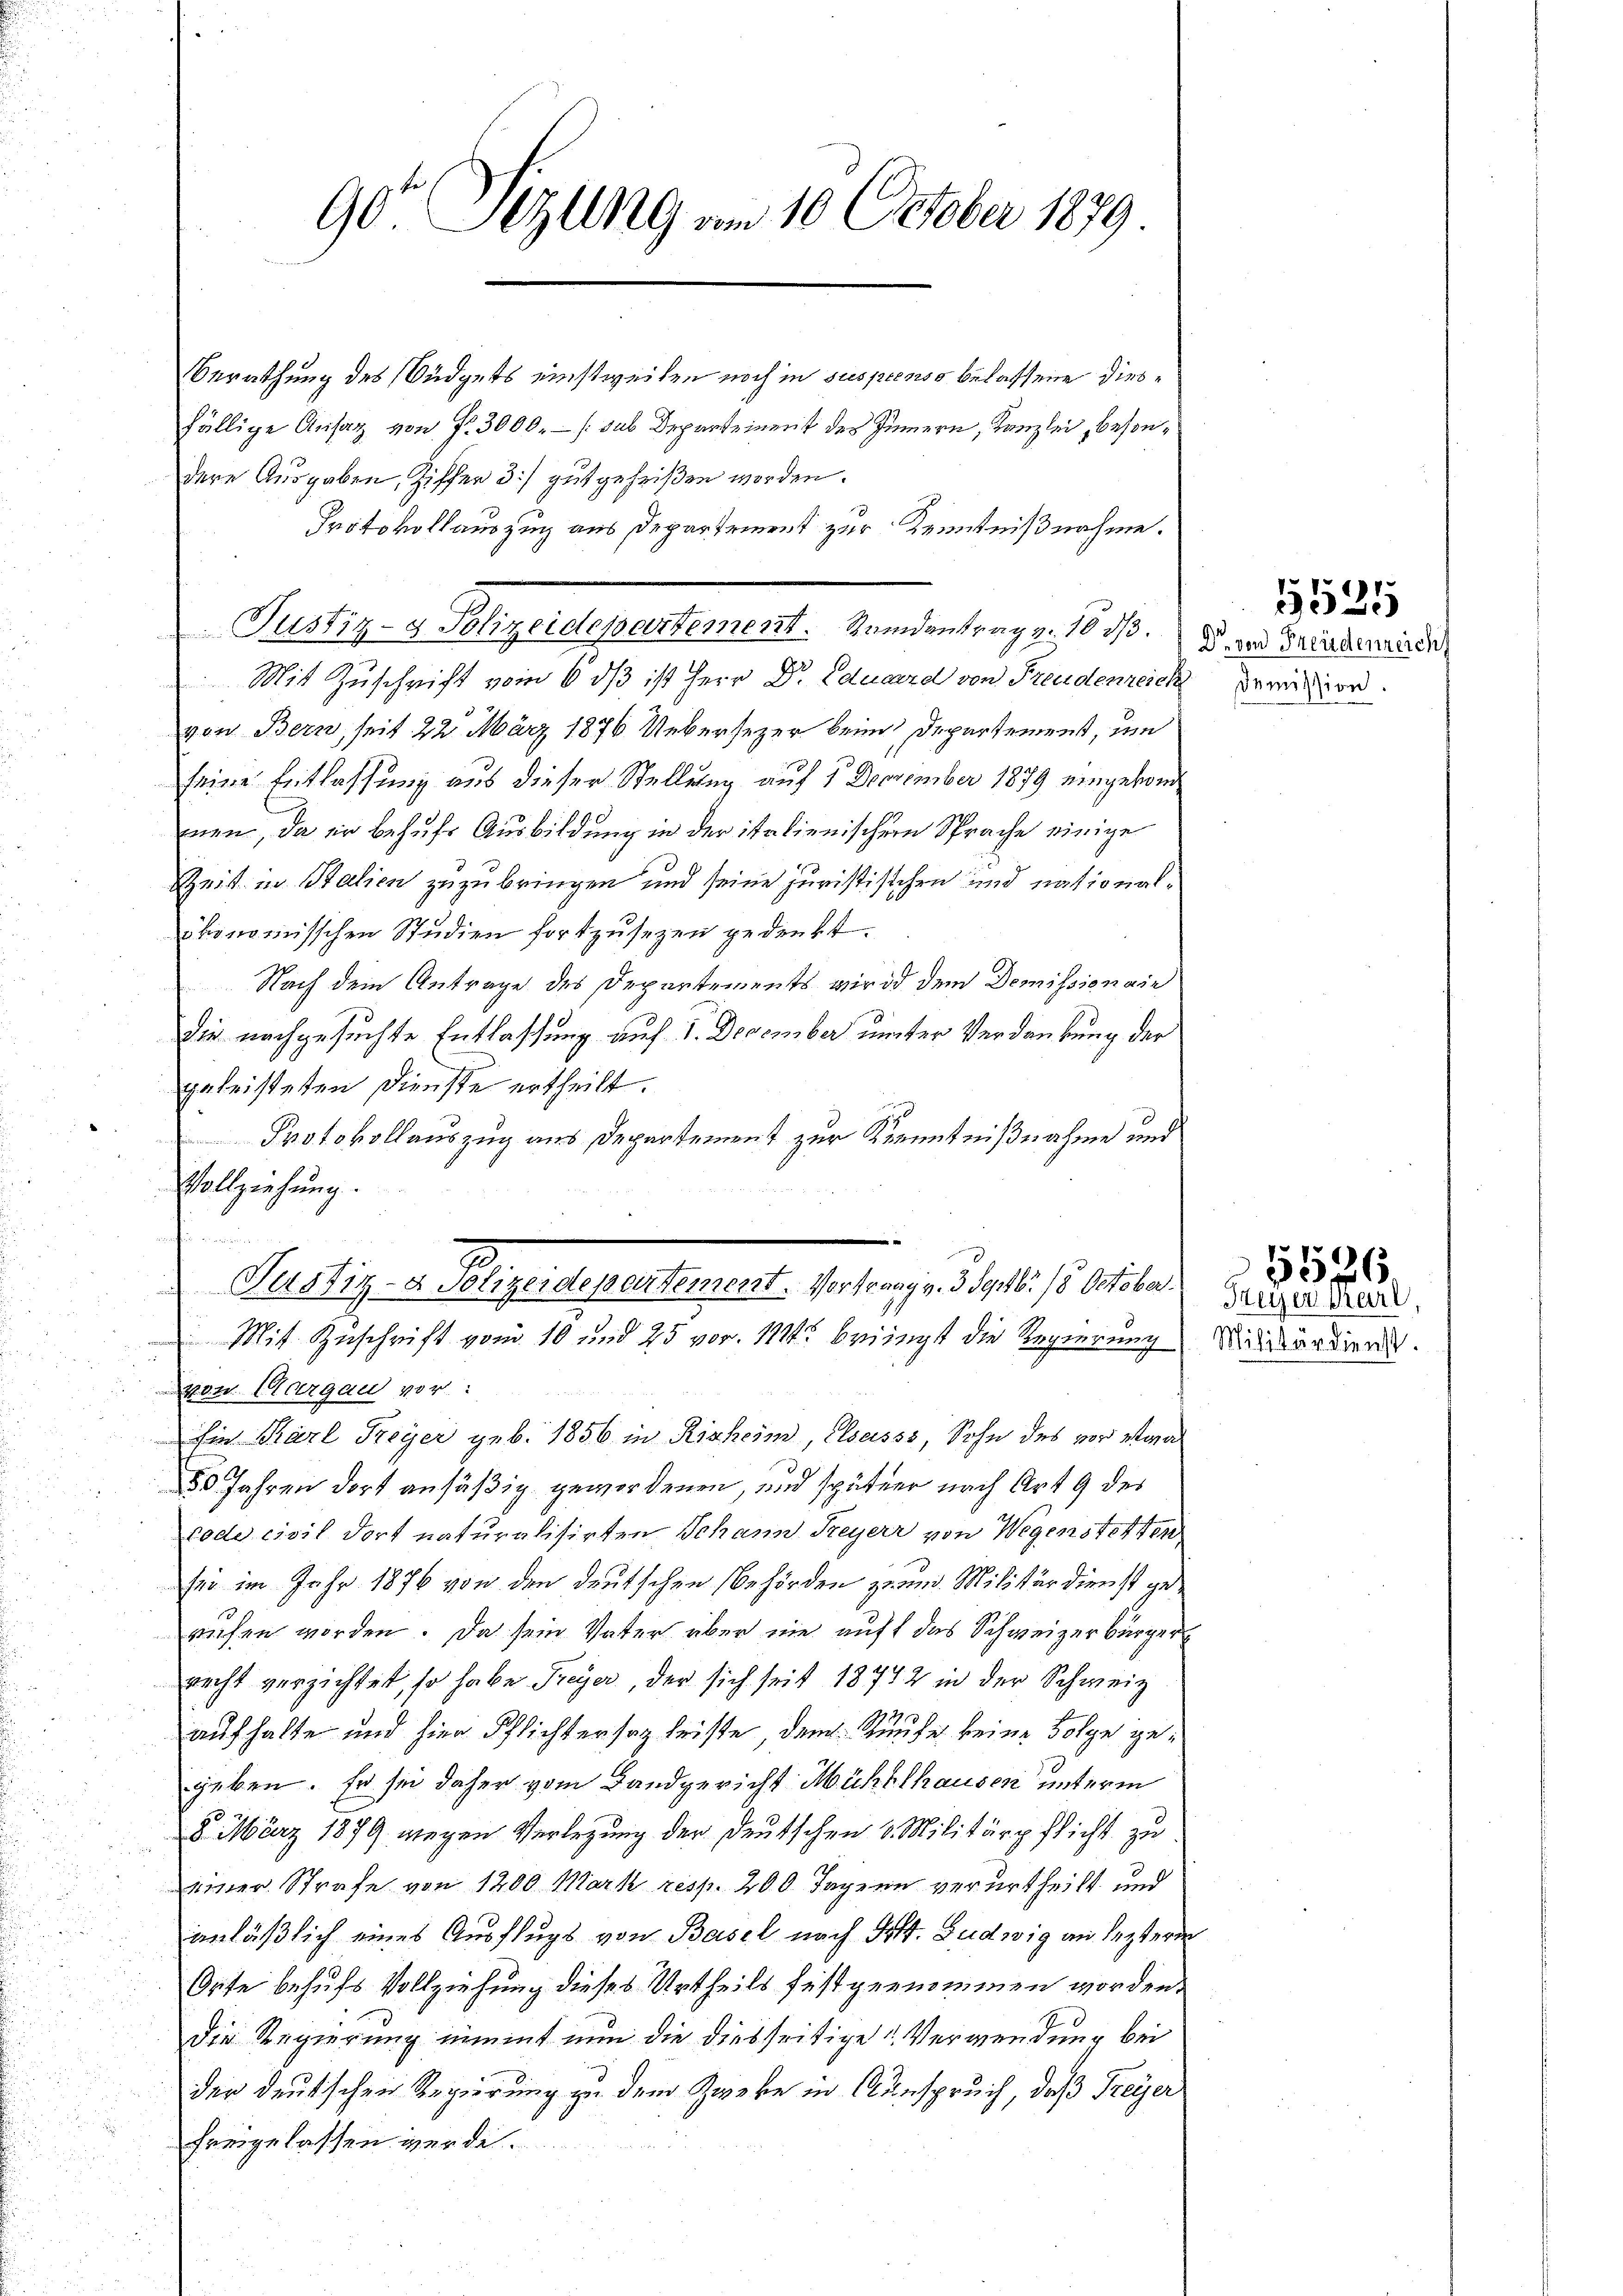
90 Sizung am 10 October 1879

Berathung des Büdgets einstweilen noch in suspenso belassene Dirsfällige Ansag von Fr. 3000.- (sus Depreseinent des Innern, Kanzlei, besondere Ausgaben, Ziffer 3) gutgeheißen worden.
Protokollauszug aus Departement zur Kenntnißnahme.
Mit Zuschrift vom 6. dβ ist Herr Dr Eduard von Freudenzeich persor
von Bern, seit 22. März 1876 Uebersezer beim Departement, um
seine Entlassung aus dieser Stellung auf 5 Doovember 1879 eingebond
mnen, da er behufs Ausbildung in der italienischer Sprache einige
Zeit in Stalien zuzubringen und seine juristischen und nationalökonomisschen Studien fortzusezen gedenkt.
Nach dem Antrage des Departements wird dem Demissionair
die nachgesuchte Entlassung auf 1. December unter Verdankung der
geleisteten Dienste ertheilt.
Protokollauszug aus Departement zur Kenntnißnahme und
Vollziehung.

Justiz- & Polizeidepartement. Gendantrag z. 10. d. d. und Friederwende

Justiz- u. Polizeidepertement. Verfangen d. 15. Seiter
 Mit Zuschrift vom 10 und 25 vor. 111 bringt die Regierung

von Aargau vor:
Ein Karl Freyer geb. 1856 in Risheim, Elsasss, Sohn des vor etwa
50 Jahren dort ansäßig gewordenen, und später nach Art. 9 des
code civil dort naturalisirten Johann Freyerr von Wegenstetten
fee im Jahr 1876 von den deutschen Behörden zum Militärdienst gerufen worden. Da sein Vater über nie auff das Schweizerbürger
recht verzichtet, so habe Freyer, der sich seit 18772 in der Schweiz
aufhalte und hier Pflichtersag friste dem Käufe keine Folge gegeben. Er sei daher vom Landgericht Mühlhausen unterm
8. März 1879 wegen Verlegung der deutschen 8. Militärpflicht zu
einer Strafe von 1200 Mark resp. 200. Tagen verurtheilt und
anläßlich eines Ausflugs von Basel nach Art. Ludwig an lezteren
Orte behufs Vollziehung dieses Urtheils festgenommen worden.
Die Regierung nimmt nun die diesseitige & Verwendung bei
der deutschen Regierung zu dem Zweke in Ausspruch, daß Freyer
freigelassen werde.

5525

Herzer Karl
Militärdienst.

5526.